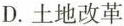
D.土地改革